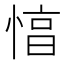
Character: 㥫